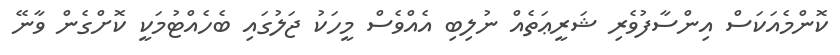
ކޮންމެއަކަސް އިންސާފުވެރި ޝަރީޢަތެއް ނުލިބި އެއްވެސް މީހަކު ޖަލުގައި ބެހެއްޓުމަކީ ކޮށްގެން ވާނޭ